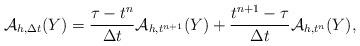
LaTeX: \begin{align*} \mathcal{A}_{h, \Delta t}(Y) = \frac{\tau-t^n}{\Delta t}\mathcal{A}_{h,t^{n+1}}(Y) + \frac{t^{n+1}-\tau }{\Delta t}\mathcal{A}_{h,t^{n}}(Y),\end{align*}